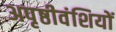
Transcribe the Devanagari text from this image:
अपृष्ठीवंशियों